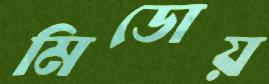
মিডোয়